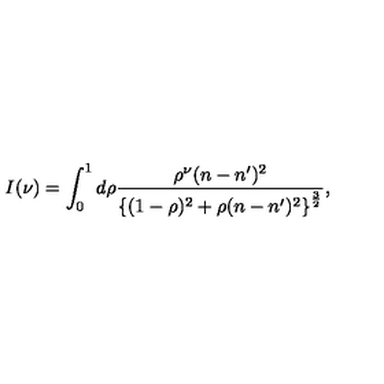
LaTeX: I ( \nu ) = \int _ { 0 } ^ { 1 } d \rho \frac { \rho ^ { \nu } ( n - n ^ { \prime } ) ^ { 2 } } { \left\{ ( 1 - \rho ) ^ { 2 } + \rho ( n - n ^ { \prime } ) ^ { 2 } \right\} ^ { \frac { 3 } { 2 } } } ,